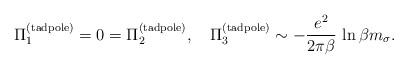
LaTeX: \begin{align*}\Pi_1^{({\rm tadpole})} = 0 = \Pi_2^{({\rm tadpole})},\quad\Pi_3^{({\rm tad pole})} \sim - \frac{e^2}{2 \pi \beta} \,\ln\beta m_{\sigma}. \end{align*}